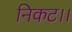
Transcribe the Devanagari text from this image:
निकट।।